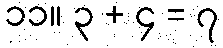
၁၁။ ၃ + ၄ = ၇